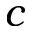
c